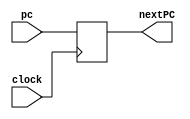
module next_pc(
    input wire [31:0] pc,
    input wire clock,
    output reg [31:0] nextPC
);

initial begin
	nextPC = 32'b0;
end

always @(posedge clock) begin
    nextPC <= pc; 
end

endmodule